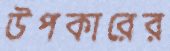
উপকারের